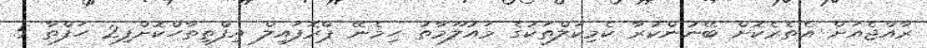
ރާއްޖެއަށް އެތެރެކޮށް ބޭނުންކުރާ ކެމިކަލްތަކުގެ މައުލޫމާތު ހިމެނޭ ޕްރޮފައިލް އިފްތިތާހްކޮށްފި2 ހަފްތާ 5